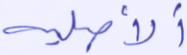
الأصلية